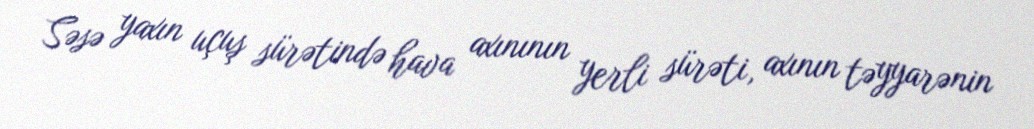
Səsə yaxın uçuş sürətində hava axınının yerli sürəti, axının təyyarənin